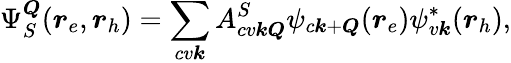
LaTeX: \Psi_{S}^{\boldsymbol{Q}}(\boldsymbol{r}_{e},\boldsymbol{r}_{h})=\sum_{cv\boldsymbol{k}}A_{cv\boldsymbol{k}\boldsymbol{Q}}^{S}\psi_{c\boldsymbol{k}+\boldsymbol{Q}}(\boldsymbol{r}_{e})\psi_{v\boldsymbol{k}}^{*}(\boldsymbol{r}_{h}),